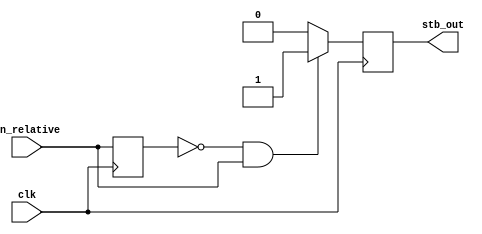
module strobe_relative 
	(
		input clk,
		
		input in_relative,
		
		output stb_out
	);
	// gera um strobe em relacao ao sinal clk e frequencia relativa a in_relative
	
	reg stb_reg;
	reg stb_in_reg;
	always @(posedge clk)
	begin
		stb_in_reg <= in_relative;
		
		if ((stb_in_reg == 0) && (in_relative == 1))
			stb_reg <= 1;
		else
			stb_reg <= 0;
		
	end
	
	assign stb_out = stb_reg;
	
endmodule